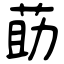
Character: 莇